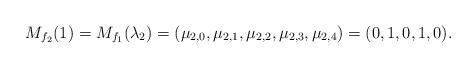
LaTeX: \begin{align*}M_{f_2}(1) = M_{f_1}(\lambda_2) = (\mu_{2, 0}, \mu_{2,1 }, \mu_{2, 2}, \mu_{2, 3}, \mu_{2, 4}) = ( 0,1,0,1,0). \end{align*}